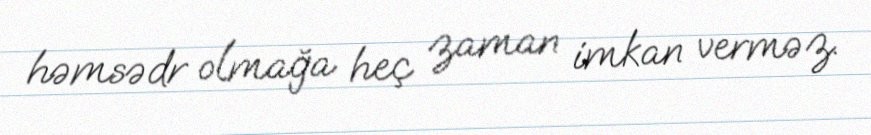
həmsədr olmağa heç zaman imkan verməz.